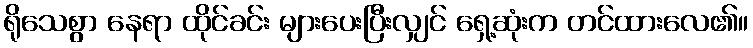
ရိုသေစွာ နေရာ ထိုင်ခင်း များပေးပြီးလျှင် ရှေ့ဆုံးက တင်ထားလေ၏။